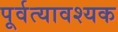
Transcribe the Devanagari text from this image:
पूर्वत्यावश्यक